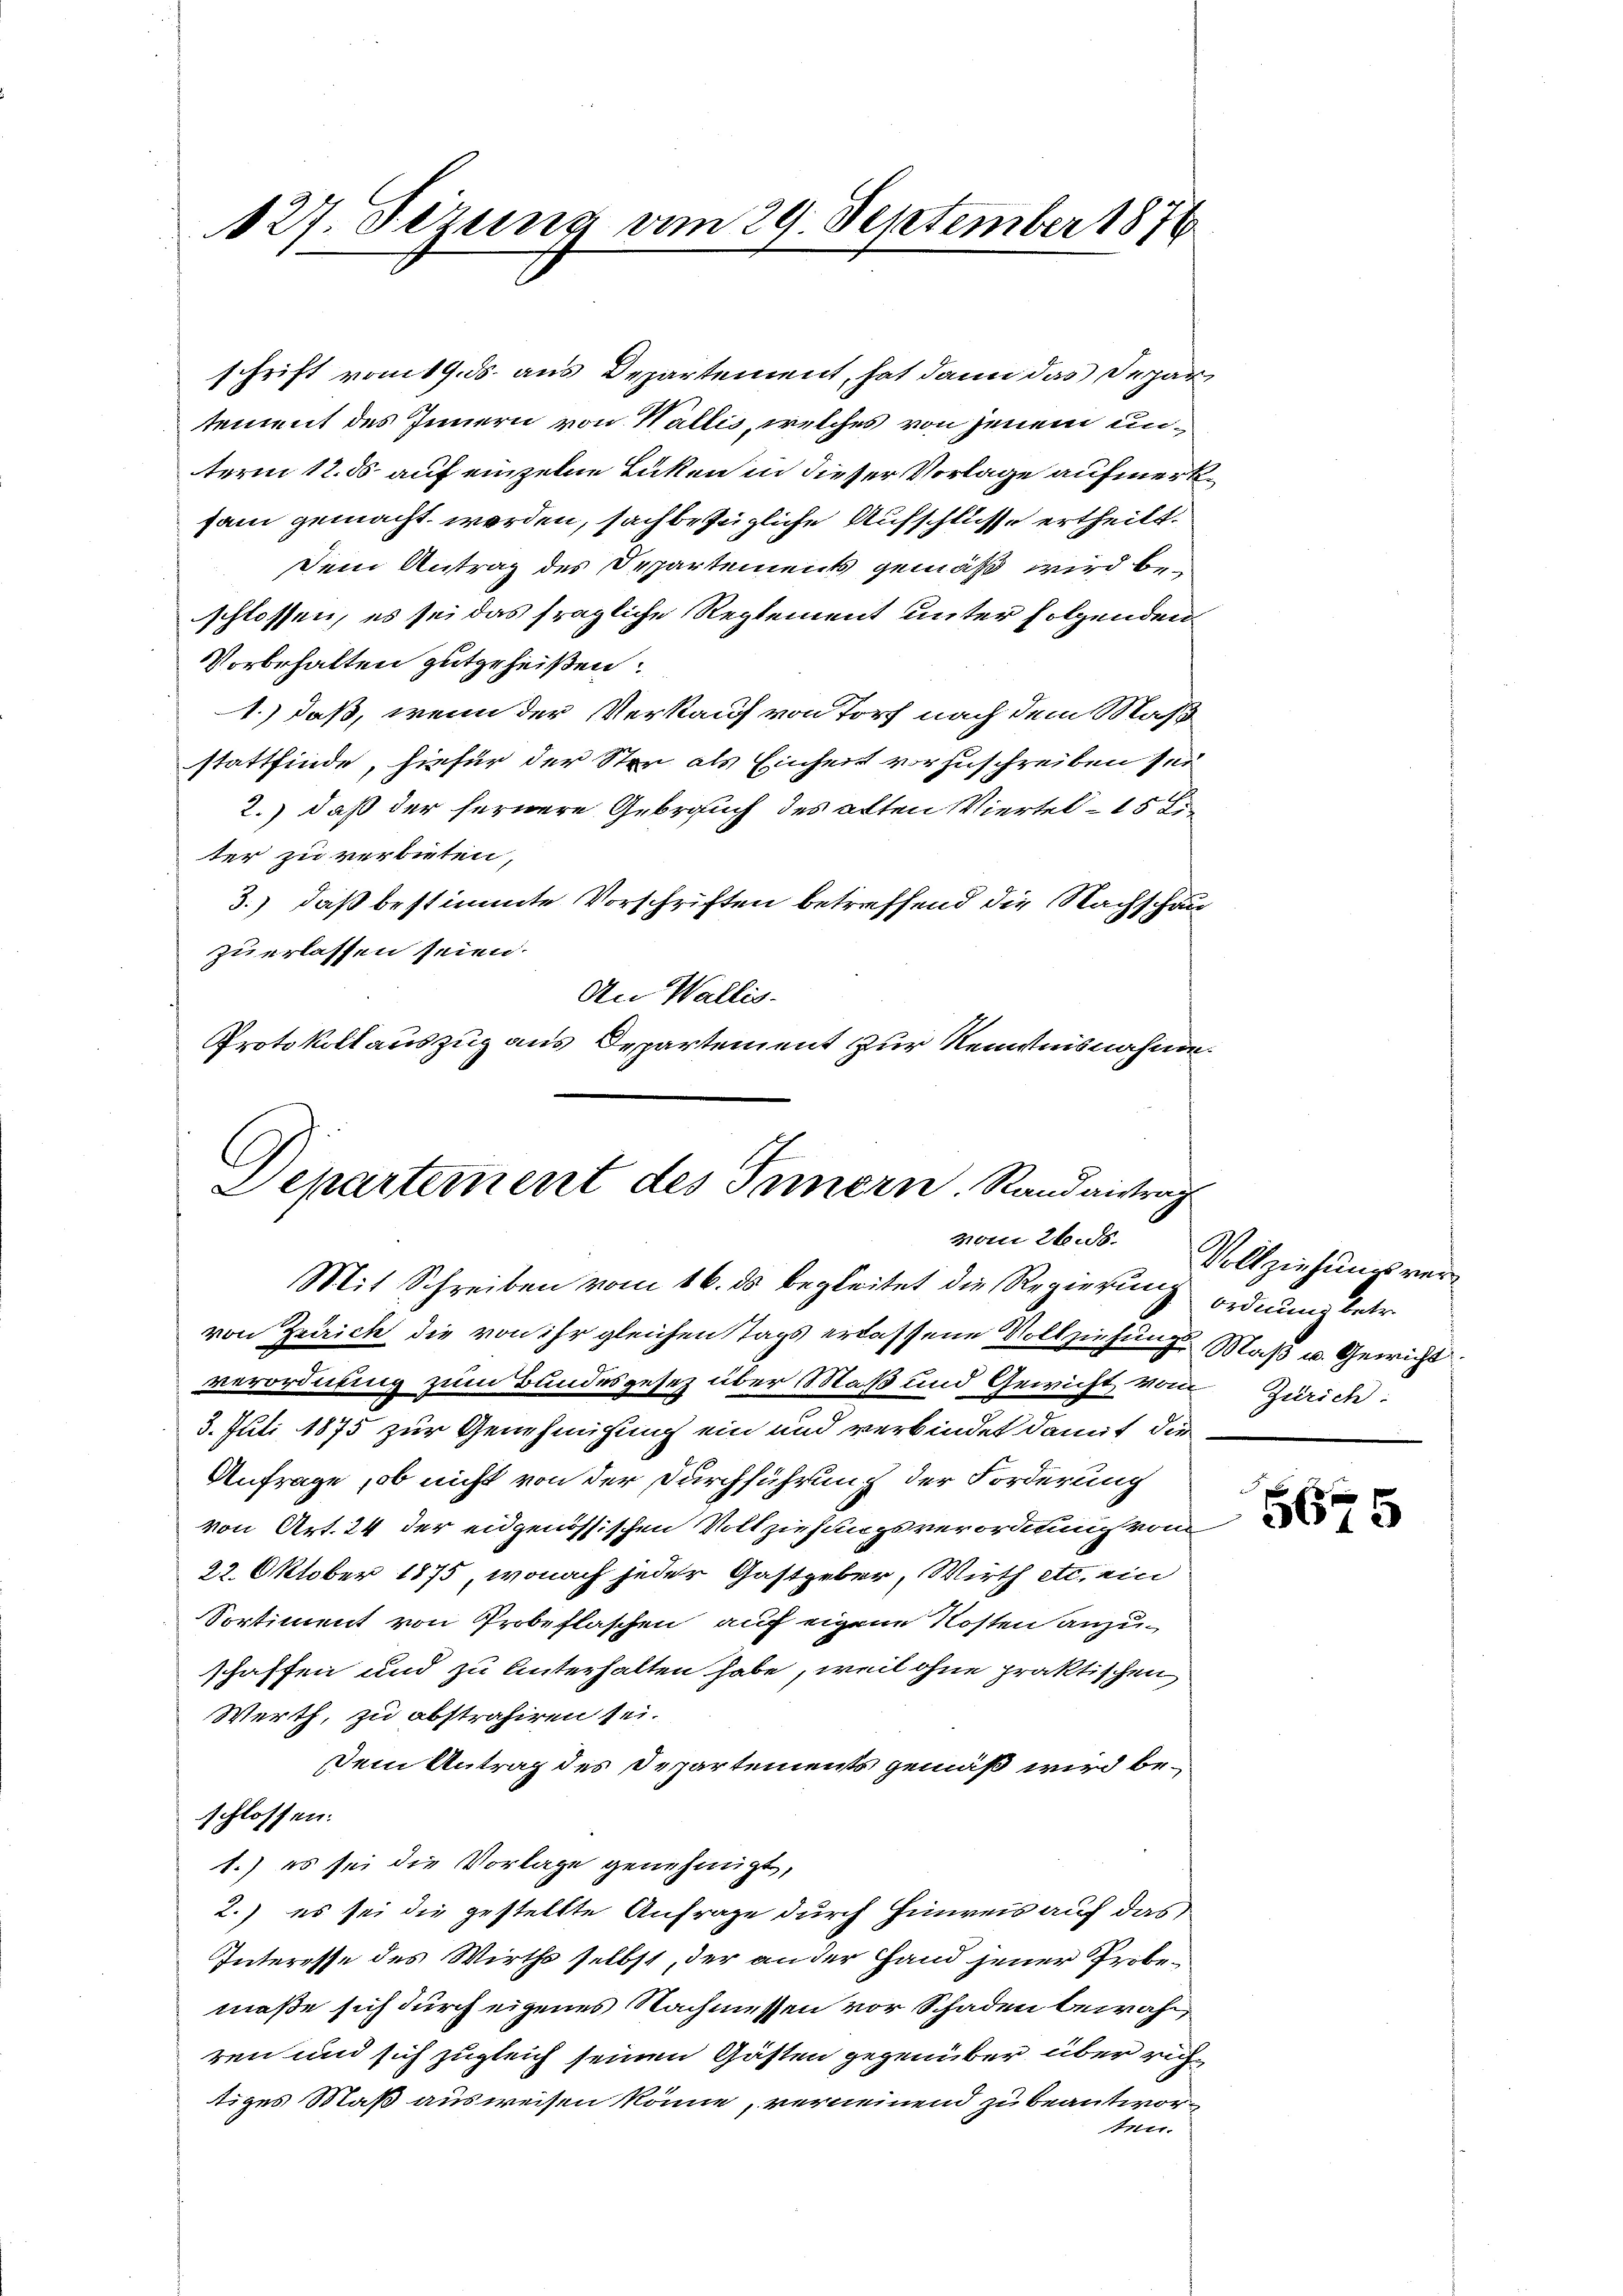
127. Sizung vom 29. September 1876

schrift vom 19. ds. aus Departement, hat dann das Departement des Innern von Wallis, welches von jenem unterm 12. ds auf einzelne Lücken in dieser Vorlage aufmerk
sam gemacht worden, sachbezügliche Aufschlüsse ertheilt.
Dem Antrag des Departements gemäß wird beschlossen, es sei das fragliche Reglement unter folgenden
Vorbehalten gutgeheißen:
1.) daß, wenn der Verkauf von Torf nach dem Maß
stattfinde, hiefür der Ster als Einheit vorzuschreiben sei
2.) daß der fernere Gebrauch des alten Viertel- 15 Liter zu verbieten,
3.) daß bestimmte Vorschriften betreffend die Nachschauzu erlassen seien.
An Wallis.
Protokollauszug aus Departement zur Kenntnisnahme.

C
Departement des Innern. Rand antrag
vom 26. ds.
Mit Schreiben vom 16. ds begleitet die Regierung ordnung betr.

von Zürich die von ihr gleichen Tags erlassene Vollziehungs Maß u. Gewicht
verordnung zum Bundesgesez über Maß und Gewicht vom Zürich:
3. Juli 1875 zur Genehmigung ein und verbindet damit die
Anfrage, ob nicht von der Durchführung der Forderung
von Art. 24 der eidgenössischen Vollziehungsverordnung vom
22. Oktober 1875, wonach jeder Gastgeber, Wirth etc. ein
Sortiment von Probeflaschen auf eigene Kosten anzuschaffen und zu unterhalten habe, weil ohne praktischen
Werth, zu abstrahiren sei.
Dem Antrag des Departements gemäß wird beschlossen:
1.) es sei die Vorlage genehmigt,
2.) es sei die gestellte Anfrage durch Hinweis auf das
Interesse des Wirths selbst, der an der Hand jener Probemaße sich durch eigenes Nachmessen vor Schaden bewahren und sich zugleich seinen Gästen gegenüber über richtizes Maß ausweisen könne, verneinend zu beantworten.

Vollziehungsver¬

5675